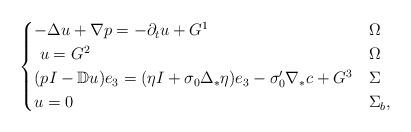
LaTeX: \begin{align*} \begin{cases} -\Delta u + \nabla p = - \partial_{t} u+ G^{1}& \Omega \\ \ {u}=G^{2} & \Omega \\(pI - \mathbb{D}u ) e_{3} = (\eta I + \sigma_{0} \Delta_{*} \eta) e_{3}- \sigma_{0}^{\prime} \nabla_{*} c + G^{3} & \Sigma \\u = 0 & \Sigma_{b},\end{cases}\end{align*}